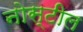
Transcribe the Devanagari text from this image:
नोस्टील